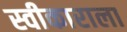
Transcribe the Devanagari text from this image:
स्वीकाराला